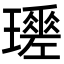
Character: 𤪩